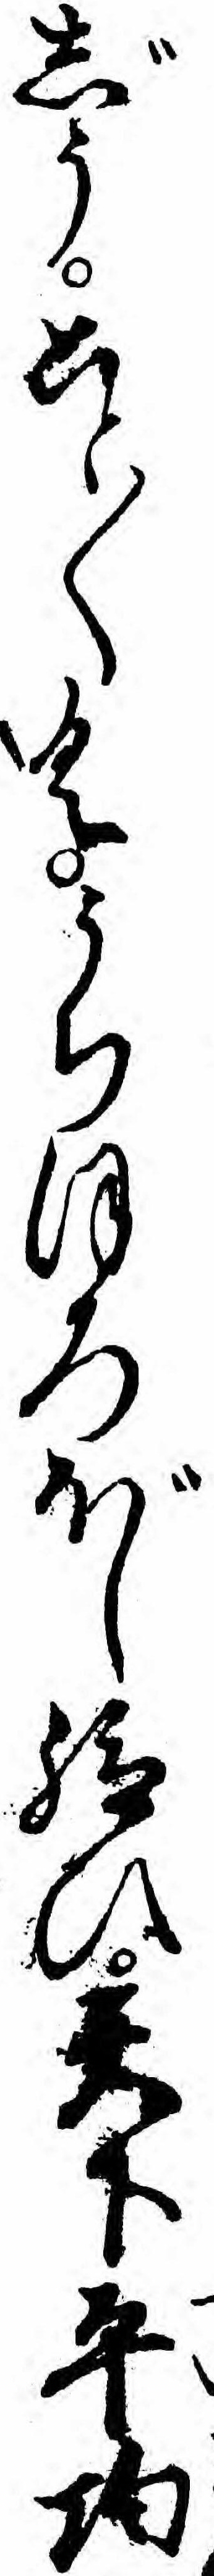
じうこと〱くうちほろぼし給ひ天下平均